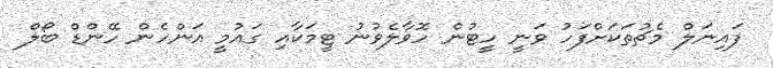
ފައިނަލް މެޗުތަކަށްފަހު ވަނީ ހީޓުން ހޮވާލެވުނު ޓީމަކާއި ގައުމީ އަންހެން ހޭންޑް ބޯލް